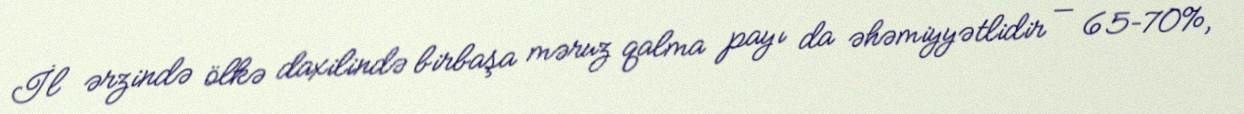
İl ərzində ölkə daxilində birbaşa məruz qalma payı da əhəmiyyətlidir — 65–70%,